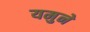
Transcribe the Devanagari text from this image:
यमुने